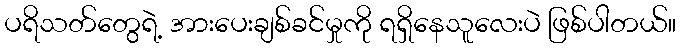
ပရိသတ်တွေရဲ့ အားပေးချစ်ခင်မှုကို ရရှိနေသူလေးပဲ ဖြစ်ပါတယ်။